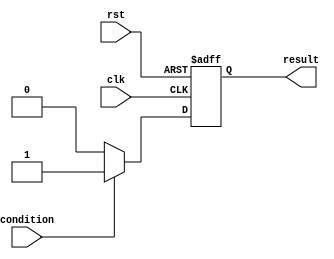
module ternary_operator_example (
    input wire clk,
    input wire rst,
    input wire condition,
    output reg result
);

always @(posedge clk or posedge rst)
begin
    if (rst) begin
        result <= 0;
    end else begin
        result <= (condition) ? 1 : 0;
    end
end

endmodule